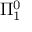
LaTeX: \Pi _ { 1 } ^ { 0 }